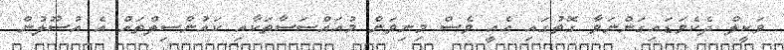
ވަކީލް ދެކެވަޑައިގަންނަވާ ގޮތުގައި އެއީ ވެސް މިނިވަން މުއައްސަސާތަކާއި ކައުންސިލްތައް އެ އުސޫލުން